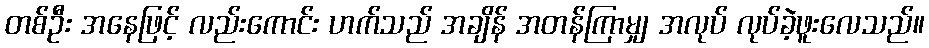
တစ်ဦး အနေဖြင့် လည်းကောင်း ဟက်သည် အချိန် အတန်ကြာမျှ အလုပ် လုပ်ခဲ့ဖူးလေသည်။